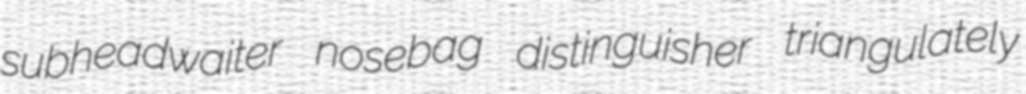
subheadwaiter nosebag distinguisher triangulately